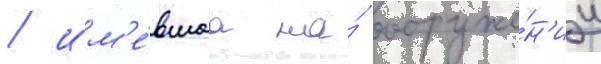
/ им'е́вшаа на́ вооруже́н'ии